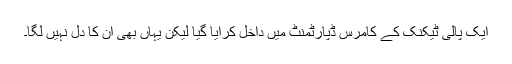
ایک پالی ٹیکنک کے کامرس ڈپارٹمنٹ میں داخل کرایا گیا لیکن یہاں بھی ان کا دل نہیں لگا۔